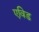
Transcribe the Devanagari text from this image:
एविड